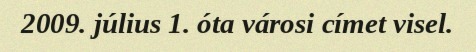
2009. július 1. óta városi címet visel.